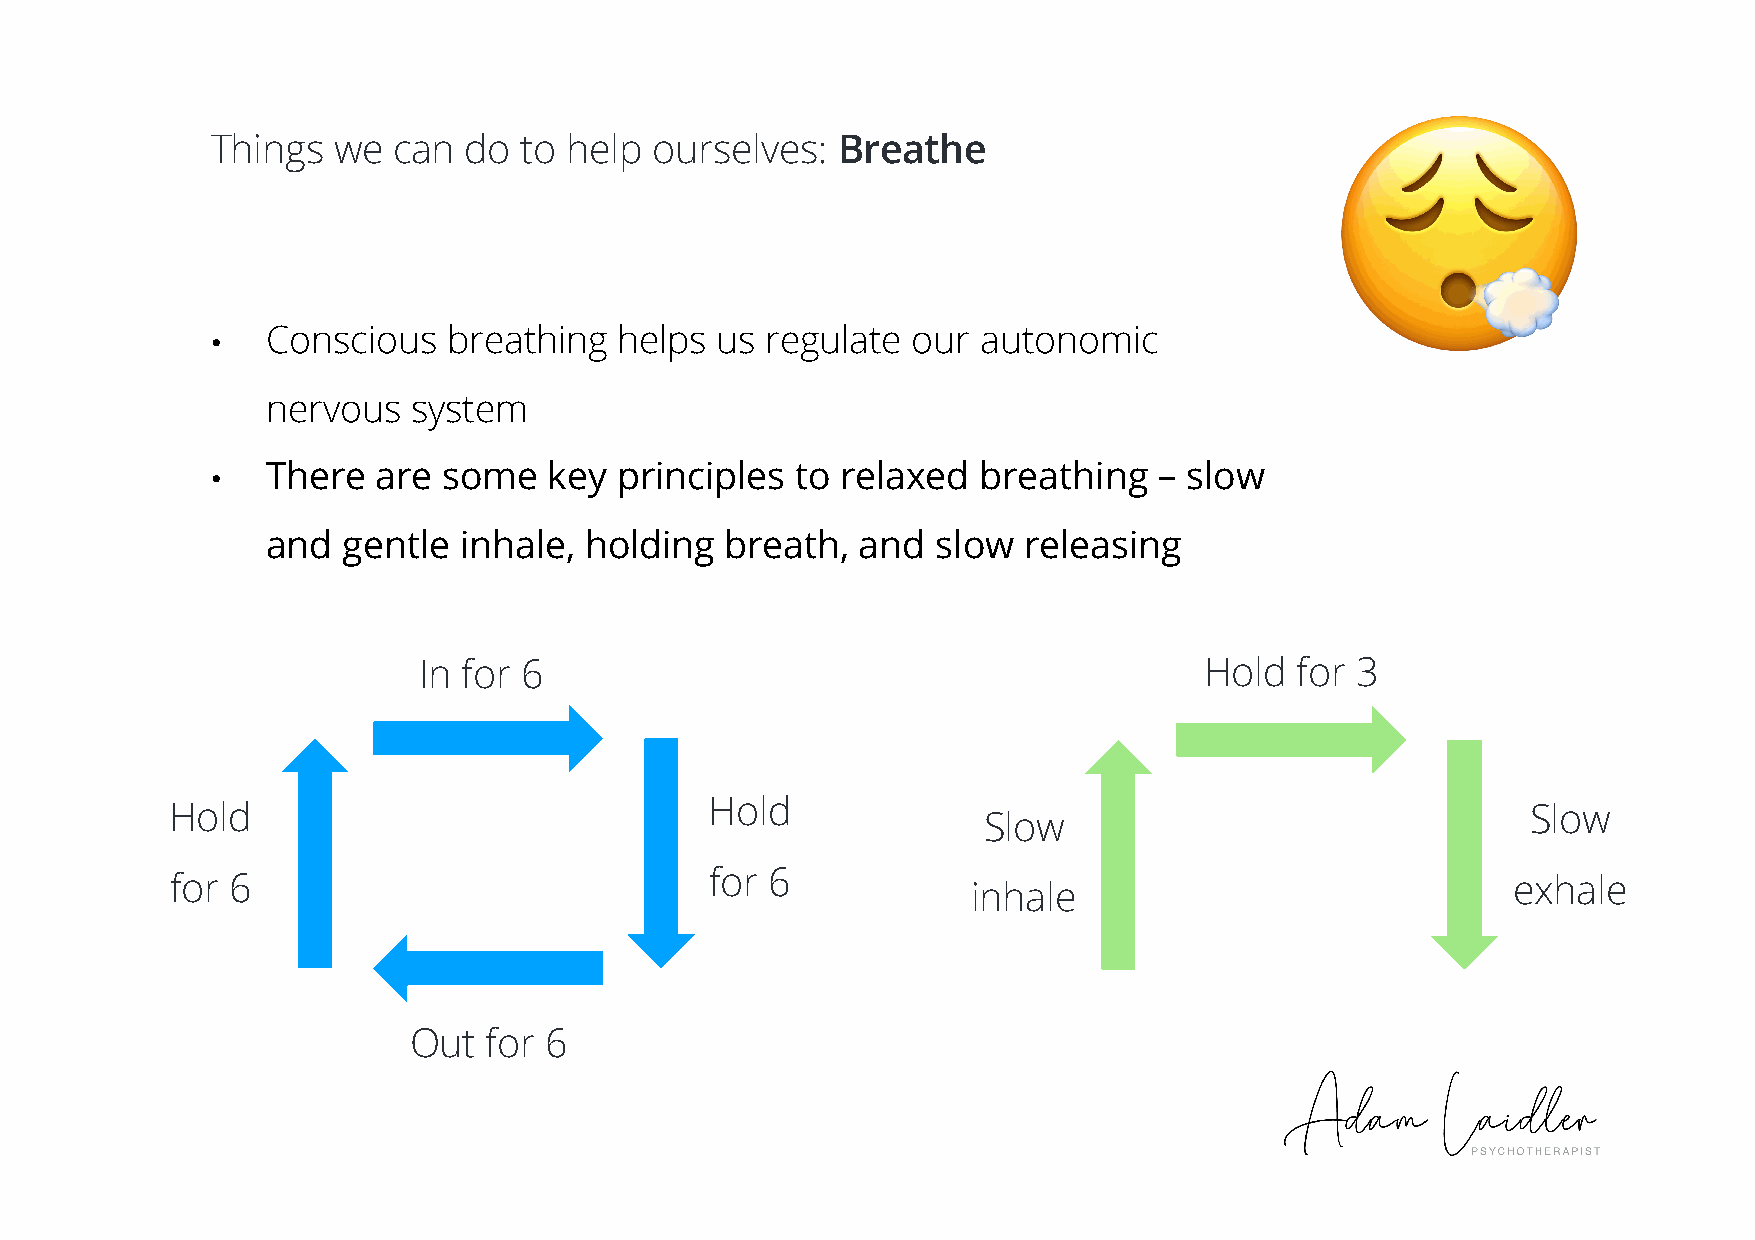
Things  we  can  do to help  ourselves:  Breathe
 •   Conscious   breathing  helps us  regulate our  autonomic
 nervous  system
 •   There  are some   key  principles  to relaxed  breathing   – slow
 and  gentle inhale,  holding  breath,  and  slow  releasing
 In for 6                                            Hold  for 3
 Hold
 Hold                                                                                      Slow
 Slow
 for 6
 for 6                                                                                    exhale
 inhale
 Out  for 6